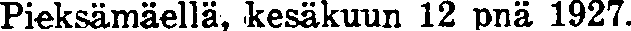
Pieksämäellä, kesäkuun 12 pnä 1927.